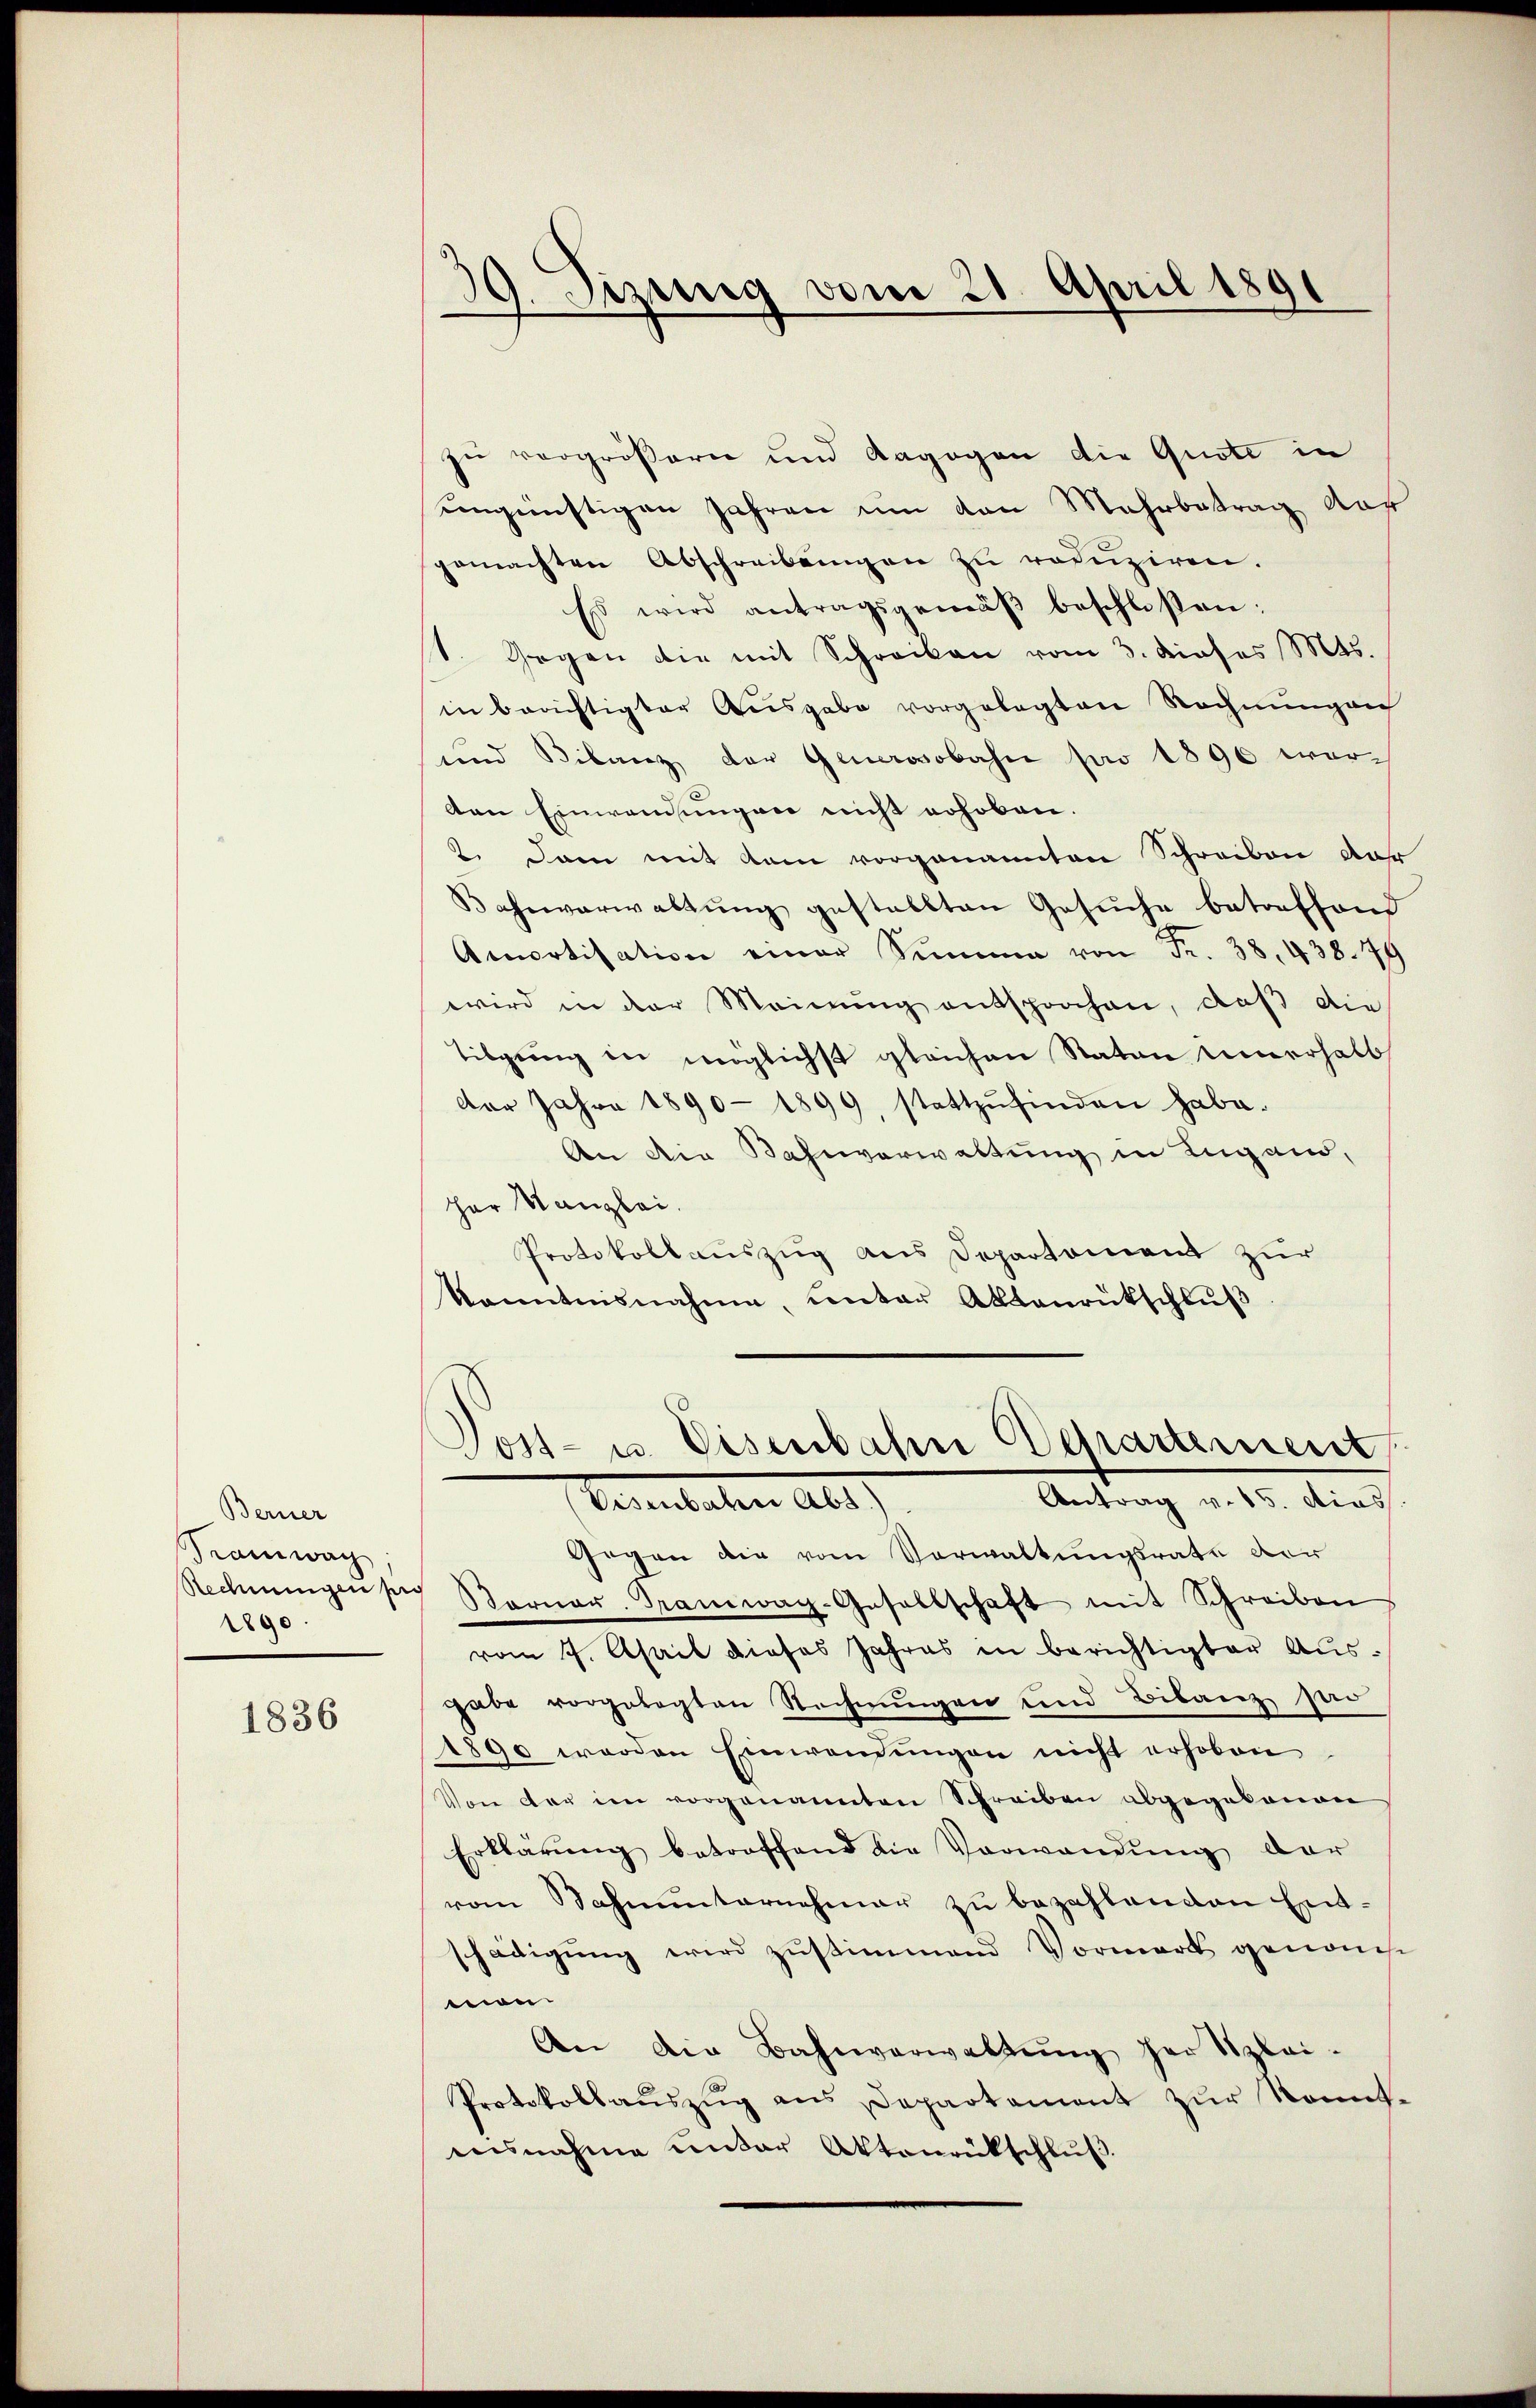
Berner
Tramwag
1890.

1836

39. Sizung vom 21. April 1891

zu vergrößern und dagegen die Quote in
ungünstigen Jahren um von Mehrbetrag auf
gemachten Abschreibŭngen zŭ redŭziren.
Es wird antragsgemäβ beschloßen:
1. Gegen die mit Schreiben vom 3. dieses M.
in berichtigter Ausgabe vorgelegten Rechnungen
und Bilanz der Generosobahn pro 1890 werden Einwendungen nicht erhoben.
2. Dann mit dem vorgenannten Schreiben dar
Bahnverwaltŭng gestellten Gesuche betreffend
Amortisation einer Simme von Fr. 38, 438. 79
wird in der Meinŭng entsprochen, daß die
Tilgung in möglichst gleichen Naton innerhalb
der Jahre 1890 - 1899, stattzŭfinden habe.
An die Bahnverwaltung in Lugand,
her Kanzlei.
Protokollauszug aus Departement zur
kanntnisnahme, unter Abbanrückschlŭβ

Don- u. Eisenbahn Departement
Antrag v. 15. dies
Vasenbaten Abs.

Gegen die vom Vorwaltungsrate der
Rechnungen sey Sarner Tramwag-Gesellschaft mit Schreiben
vom 7. April dieses Jahres in berichtigter Aus-
gabe vorgelegten Rechnŭngen und Bilanz so
1890 werden Einwendŭngen nicht erhoben
Von der im vorgenannten Schreiben abgegebenen
Erklärŭng betroffend die Vorwandung dar
vom Sahnunternehmer zu bezahlenden Entschädigung wird zustimmend Vormark genom
men.
An die Bahnverwaltung her Szlei-
Protokollaŭszŭg ans Departament zŭr Sonnt-
eesnahme unter Aktenrückschlŭβ